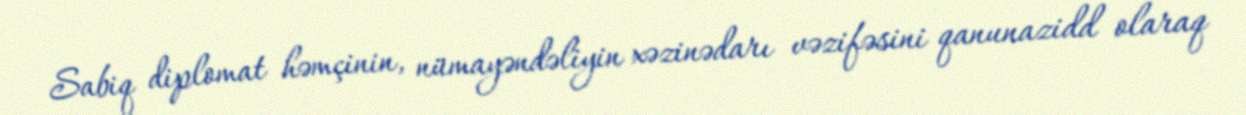
Sabiq diplomat həmçinin, nümayəndəliyin xəzinədarı vəzifəsini qanunazidd olaraq